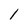
Character: 1